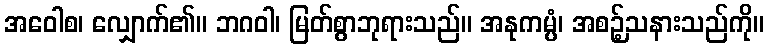
အဝေါစ၊ လျှောက်၏။ ဘဂဝါ၊ မြတ်စွာဘုရားသည်။ အနုကမ္ပံ၊ အစဉ့်သနားသည်ကို။